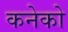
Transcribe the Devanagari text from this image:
कनेको